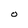
Character: O